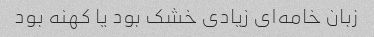
زبان خامه‌ای زیادی خشک بود یا کهنه بود